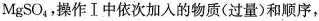
MgSO_{4}，操作Ⅰ中依次加入的物质（过量）和顺序，